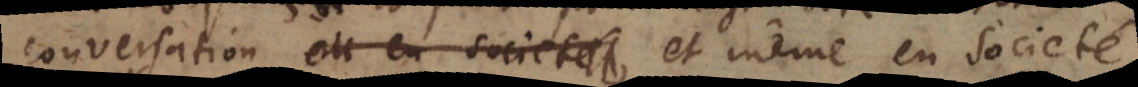
conversation ou en societé et même en societé